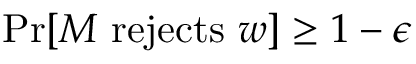
{ \mathrm { P r } } [ M { \mathrm { ~ r e j e c t s ~ } } w ] \geq 1 - \epsilon